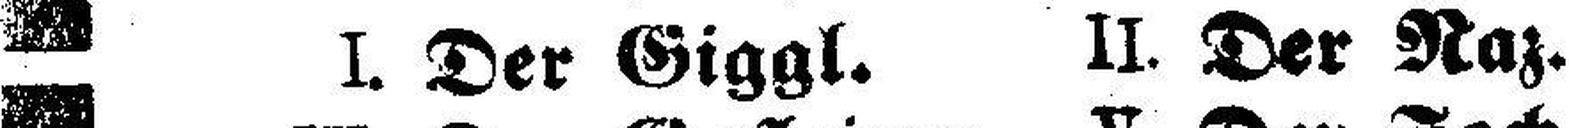
I. Der Giggl. II. Der Raz.